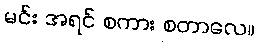
မင်း အရင် စကား စတာလေ။